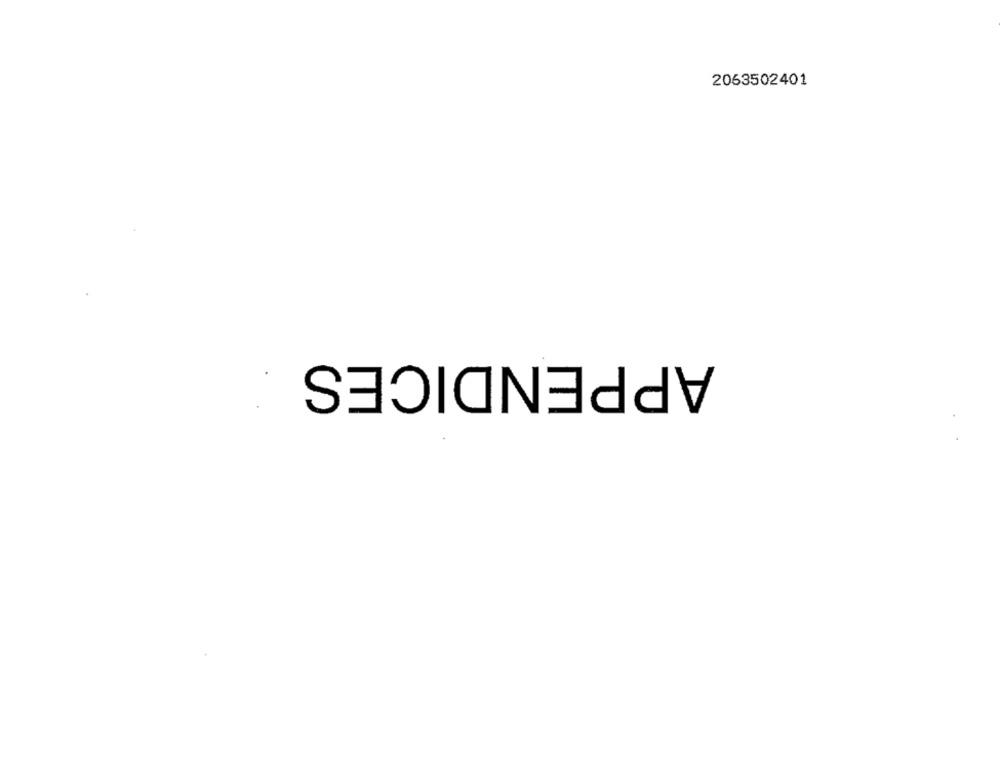
2063502401
APPENDICES